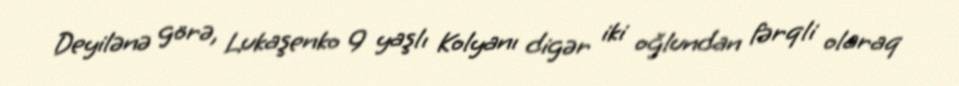
Deyilənə görə, Lukaşenko 9 yaşlı Kolyanı digər iki oğlundan fərqli olaraq